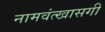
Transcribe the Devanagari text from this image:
नामवंत्खासगी